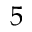
5